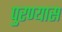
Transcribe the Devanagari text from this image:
पुरण्यास